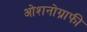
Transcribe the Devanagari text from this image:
ओशनोग्राफी